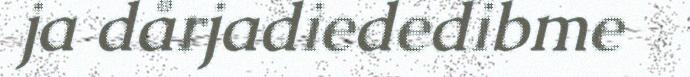
ja dårjadiededibme